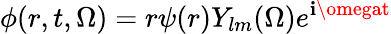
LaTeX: \phi(r,t,\Omega)=r\psi(r)Y_{lm}(\Omega)e^{\mathbf{i}\omegat}